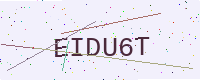
Text: EIDU6T